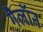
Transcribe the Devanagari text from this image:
गैलॉन